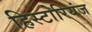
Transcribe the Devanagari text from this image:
हिस्टोरियंज